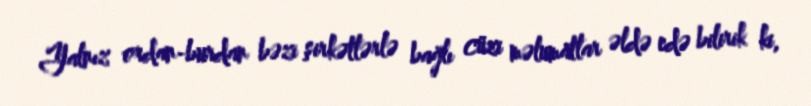
Yalnız ordan-burdan bəzi şirkətlərlə bağlı cüzi məlumatlar əldə edə bilirik ki,